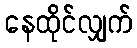
နေထိုင်လျှက်